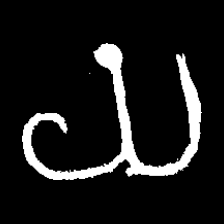
Pyu character \u2014 Myanmar letter: ယ (romanized: ya)